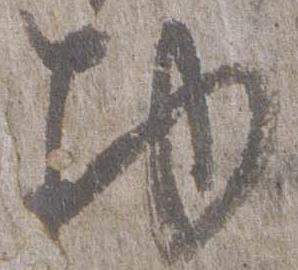
物